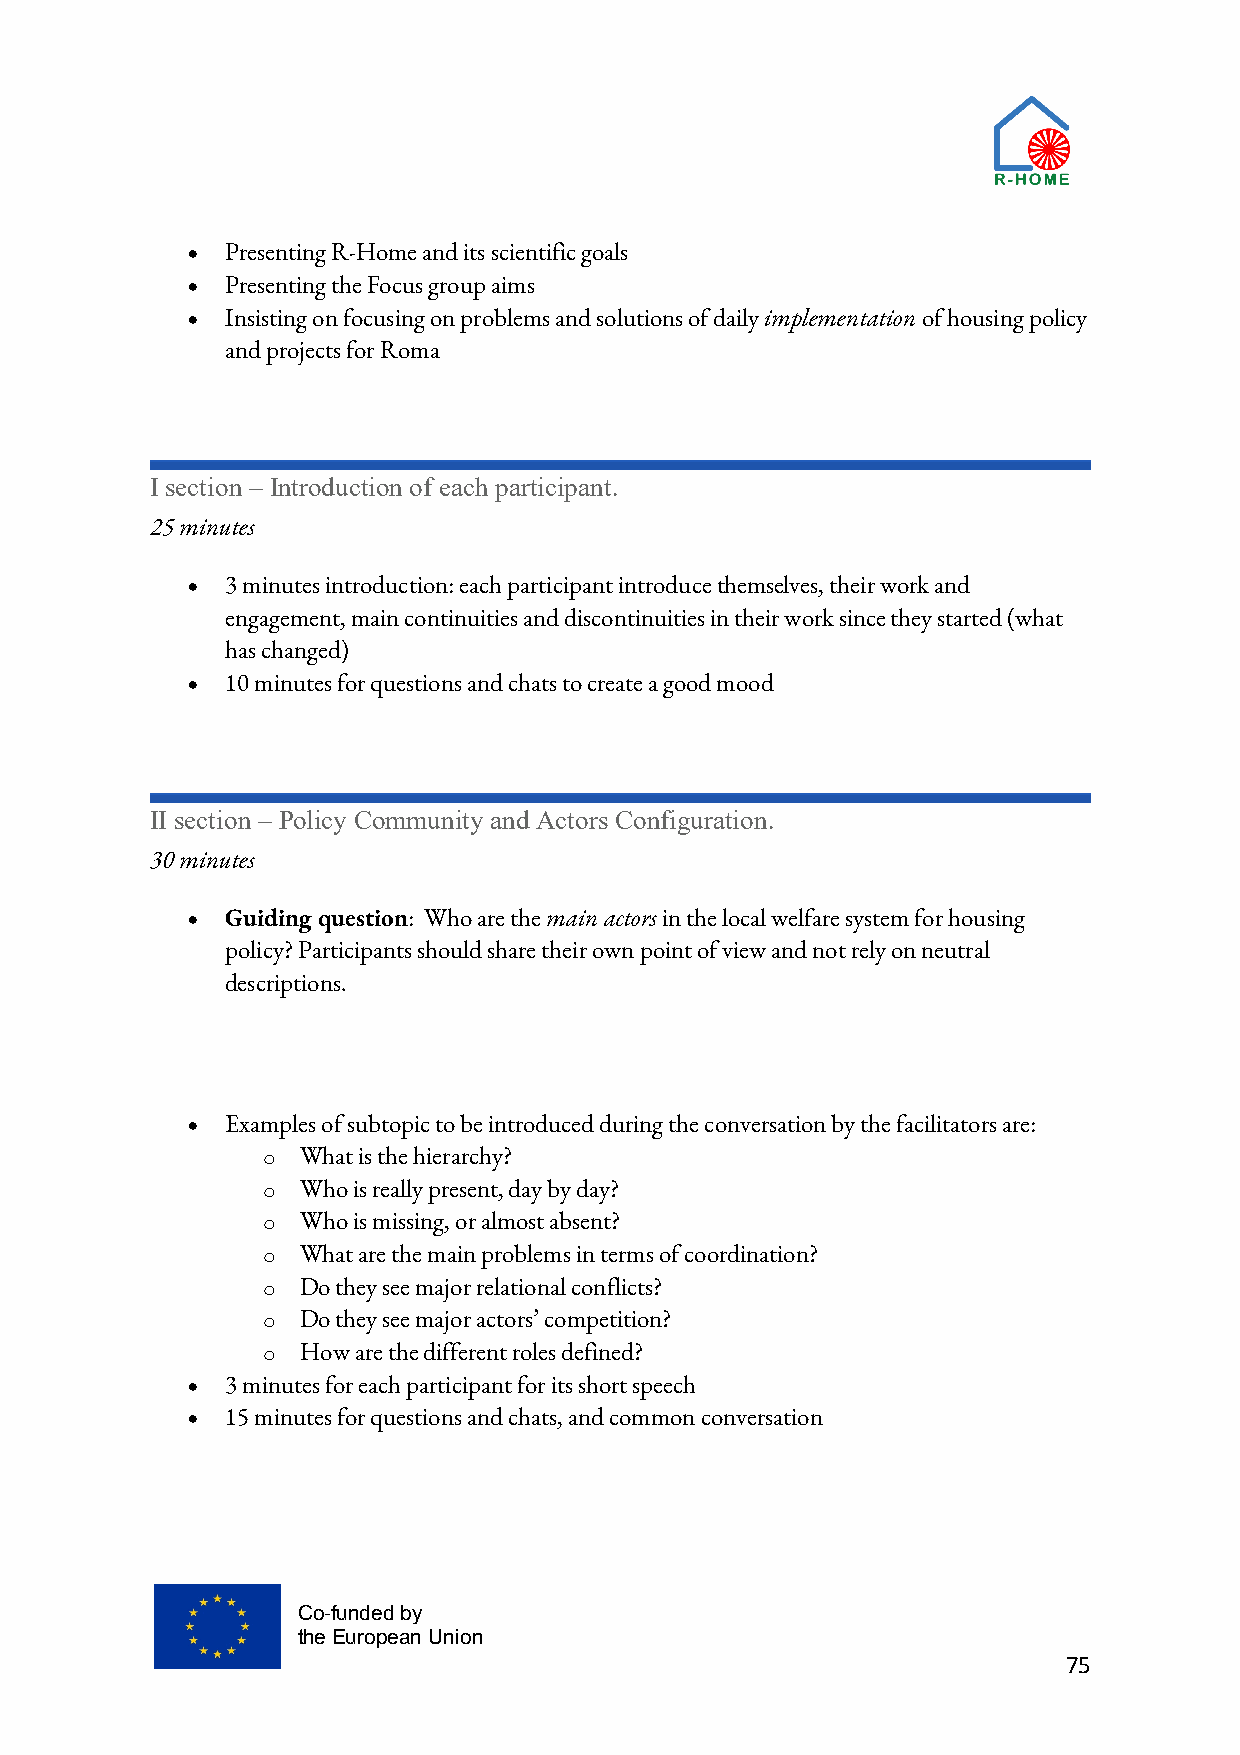
•  Presenting R-Home and its scientific goals
 •  Presenting the Focus group aims
 •  Insisting on focusing on problems and solutions of daily implementation of housing policy
 and projects for Roma
 I section – Introduction of each participant.
 25 minutes
 •  3 minutes introduction: each participant introduce themselves, their work and
 engagement, main continuities and discontinuities in their work since they started (what
 has changed)
 •  10 minutes for questions and chats to create a good mood
 II section – Policy Community and Actors Configuration.
 30 minutes
 •  Guiding question: Who are the main actors in the local welfare system for housing
 policy? Participants should share their own point of view and not rely on neutral
 descriptions.
 •  Examples of subtopic to be introduced during the conversation by the facilitators are:
 o  What is the hierarchy?
 o  Who is really present, day by day?
 o  Who is missing, or almost absent?
 o  What are the main problems in terms of coordination?
 o  Do they see major relational conflicts?
 o  Do they see major actors’ competition?
 o  How are the different roles defined?
 •  3 minutes for each participant for its short speech
 •  15 minutes for questions and chats, and common conversation
 Co-funded by
 the European Union
 75